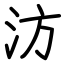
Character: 汸